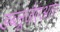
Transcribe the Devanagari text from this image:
डब्लूजेएआर